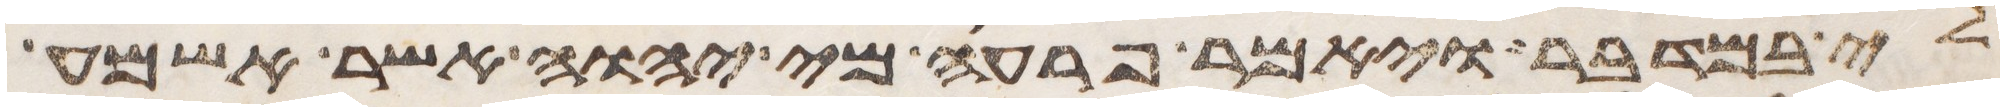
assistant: לי במדבר ויאמר פרעה מי יהוה אשר אשמע